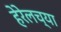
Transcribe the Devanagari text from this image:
हेरेलच्या